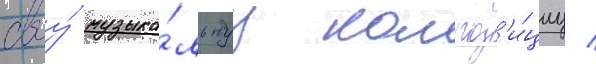
своу́ музыка́льнуу композ'и́циу /